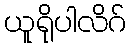
ယူရိုပါလိဂ်